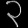
Digit: ၃